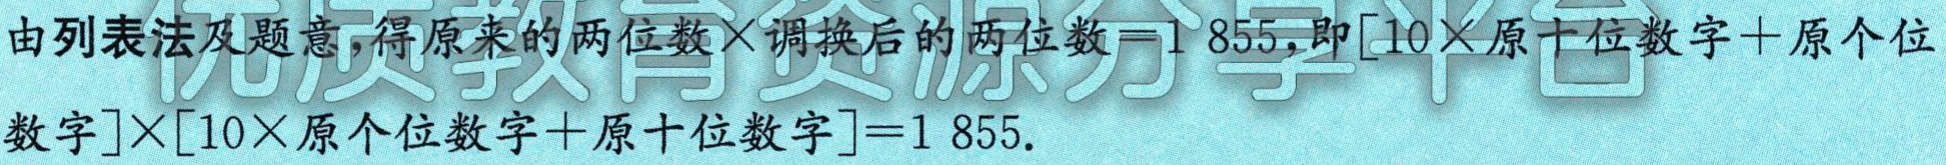
由列表法及题意, 得原来的两位数×调换后的两位数 = 1 855, 即$[10\times 原十位数字 + 原个位数字]\times[10\times 原个位数字 + 原十位数字]=1 855$.